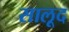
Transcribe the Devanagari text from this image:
सालूद